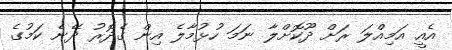
އެއީ އަމިއްލަ ރަށް ދޫކޮށްލާ ނަމަ ހުޅުމާލެ އިން ގެދޮރު ދޭނެ ކަމުގެ